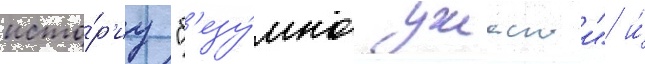
исто́р'иу "б'езу́мно ужаснои" и́